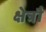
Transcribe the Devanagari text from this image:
क्षेत्रौ